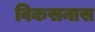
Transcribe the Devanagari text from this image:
विकसनास